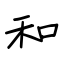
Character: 和